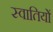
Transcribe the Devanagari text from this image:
स्वातियों